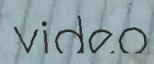
video